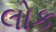
લોક